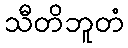
သီတိဘူတံ